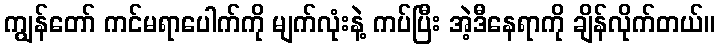
ကျွန်တော် ကင်မရာပေါက်ကို မျက်လုံးနဲ့ ကပ်ပြီး အဲ့ဒီနေရာကို ချိန်လိုက်တယ်။